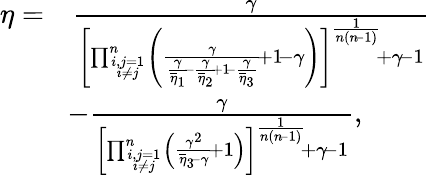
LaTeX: \begin{array}{rl}{\eta=}&{\frac{\gamma}{\left[\prod_{i,j=1\atop i\neq j}^{n}\left(\frac{\gamma}{\frac{\gamma}{\overline{{\eta}}_{1}}\! -\frac{\gamma}{\overline{{\eta}}_{2}}\! +1\! -\frac{\gamma}{\overline{{\eta}}_{3}}}\! +1\! -\gamma\right)\right]^{\frac{1}{n(n\! -1)}}\! +\gamma\! -1}}\\ &{\! -\frac{\gamma}{\left[\prod_{i,j=1\atop i\neq j}^{n}\left(\frac{\gamma^{2}}{\overline{{\eta}}_{3}\! -\gamma}\! +1\right)\right]^{\frac{1}{n(n\! -1)}}\! +\gamma\! -1},}\end{array}